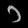
Digit: ၁